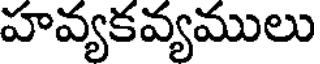
హవ్యకవ్యములు